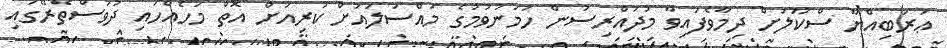
ޢަރަބިއްޔާ ސްކޫލަށް ދިމާވެފައިވާ މުދައްރިސުން ހަމަނުވުމުގެ މައްސަލައަށް ކުރިއަށް އޮތް މަހެއްހައި ދުވަސްތެރޭގައި